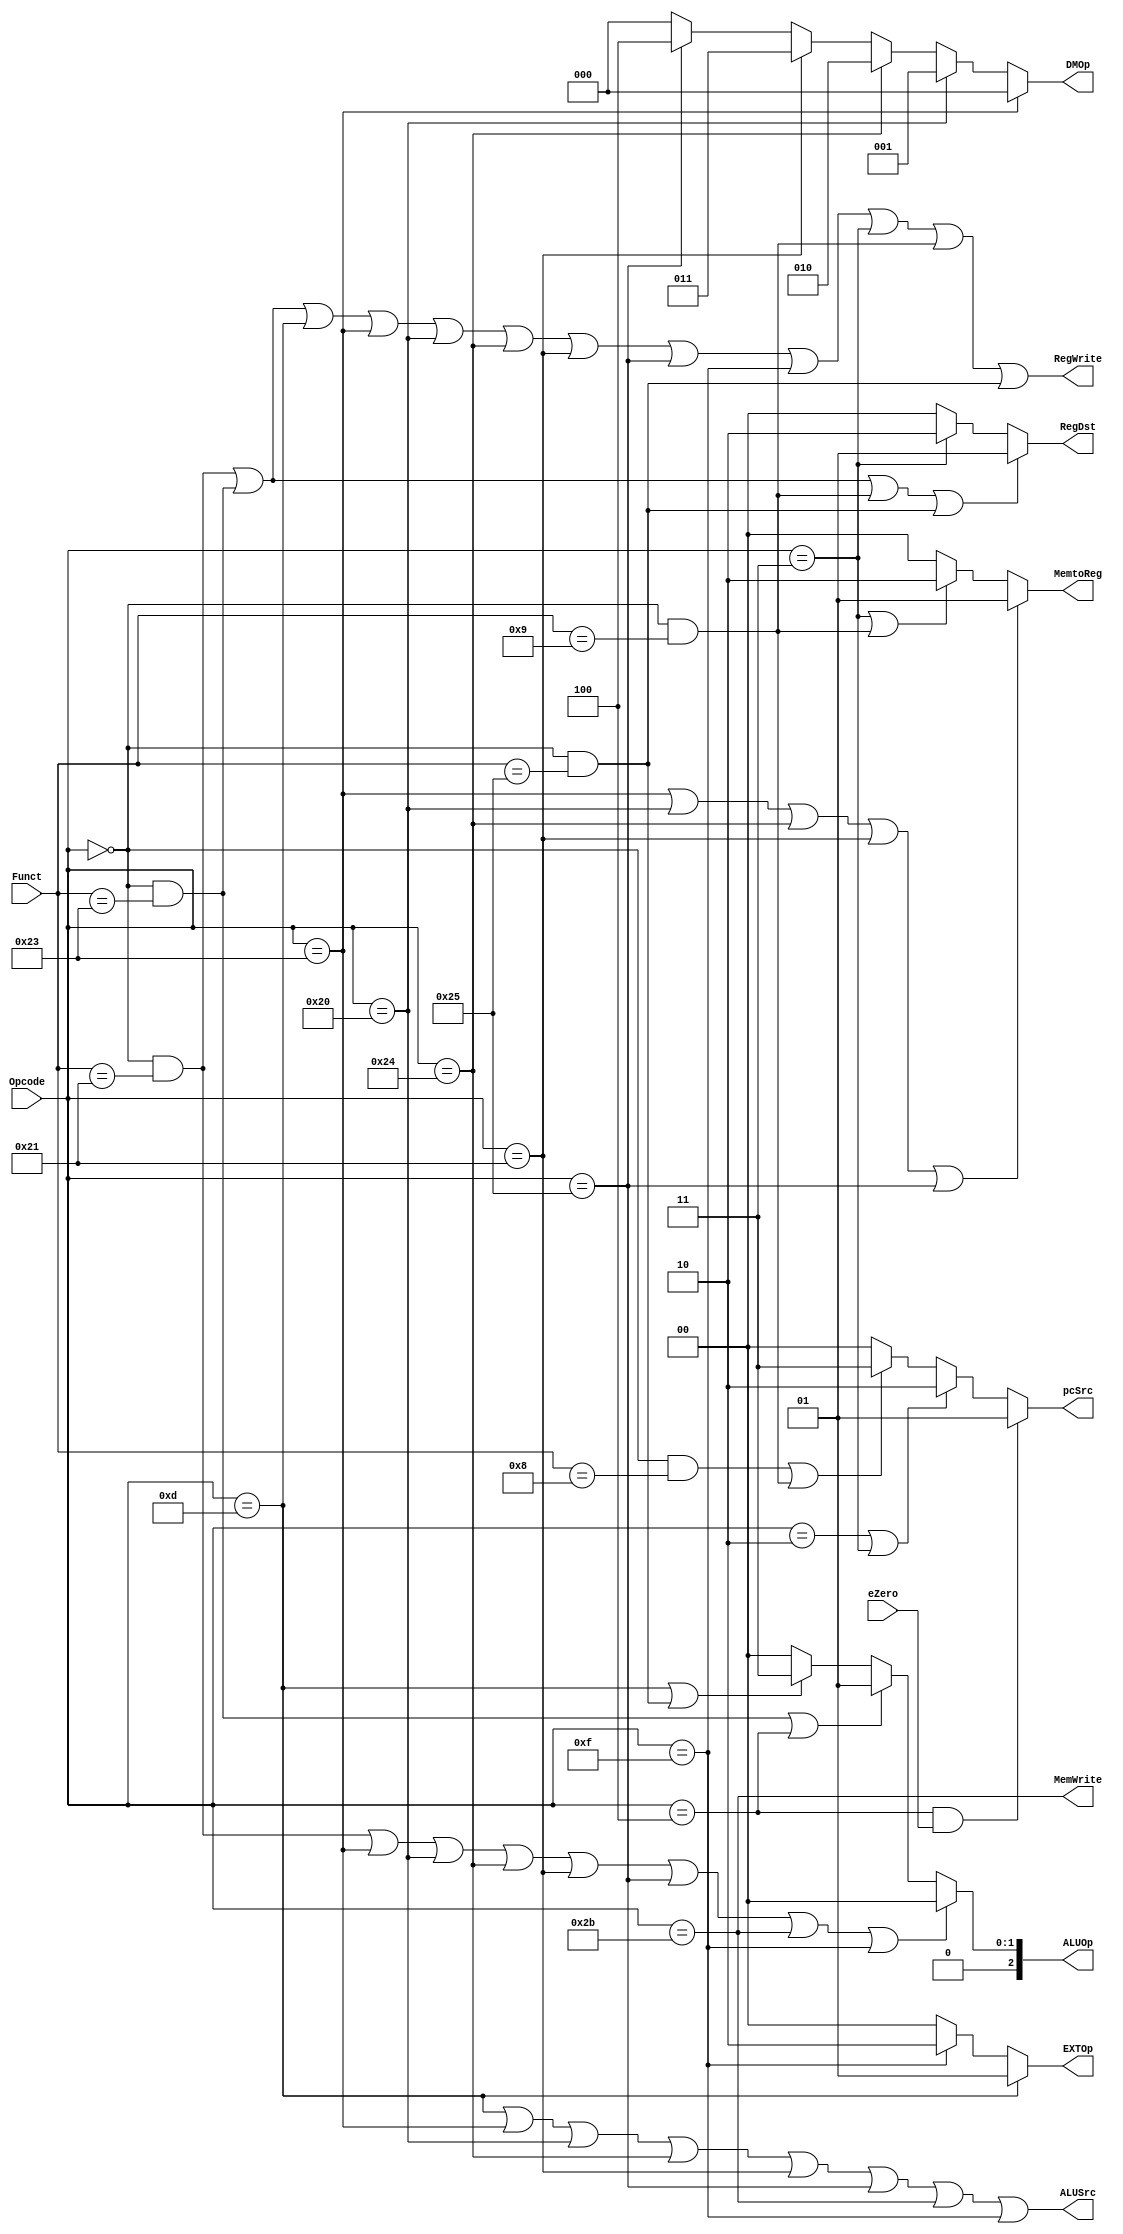
`timescale 1ns / 1ps
//////////////////////////////////////////////////////////////////////////////////
// Company: 
// Engineer: 
// 
// Design Name: 
// Module Name:    Control_Unit 
// Project Name: 
// Target Devices: 
// Tool versions: 
// Description: 
//
// Dependencies: 
//
// Revision: 
// Revision 0.01 - File Created
// Additional Comments: 
//
//////////////////////////////////////////////////////////////////////////////////
module Control_Unit(
    input [5:0] Opcode,
    input [5:0] Funct,
	 input eZero,
    output [1:0] MemtoReg,
    output MemWrite,
    output ALUSrc,
    output [1:0] RegDst,
    output RegWrite,
    output [1:0] pcSrc,
    output [2:0] ALUOp,
    output [1:0] EXTOp,
	 output [2:0] DMOp
    );
	wire Rtype,addu,subu,ori,lw,sw,beq,lui,j,jal,jr;
	/*always @* begin
		case (Opcode)
			'b000000:begin
							case (Funct)
							'b100001:addu=1;
							'b100011:subu=1;
							'b001000:jr=1;
						   
							default:j=0;
							endcase
						end
			'b001101:ori=1;
			'b100011:lw=1;
			'b101011:sw=1;
			'b001111:lui=1;
			'b000100:beq=1;
			'b000010:j=1;
			'b000011:jal=1;
			default:j=0;
		endcase
	end */
	assign Rtype=(Opcode==6'b000000);
	assign addu=Rtype&(Funct==6'b100001);
	assign subu=Rtype&(Funct==6'b100011);
	assign or_=Rtype&(Funct==6'b100101);
	//assign or_=Rtype&(Funct==6'b100101);
	assign jr=Rtype&(Funct==6'b001000);
	assign ori=(Opcode==6'b001101);
	assign lw=(Opcode==6'b100011);
	assign sw=(Opcode==6'b101011);
	assign lui=(Opcode==6'b001111);
	assign beq=(Opcode==6'b000100);
	assign j=(Opcode==6'b000010);
	assign jal=(Opcode==6'b000011);
	assign jalr=Rtype&(Funct==6'b001001);
	assign lb=(Opcode==6'b100000);
	assign lbu=(Opcode==6'b100100);
	assign lh=(Opcode==6'b100001);
	assign lhu=(Opcode==6'b100101);
	
	assign MemtoReg=(lw|lb|lbu|lh|lhu)?1:     // toReg select signal // from DM
						 (jal|jalr)?2:									//  from PC
						 0;
	assign MemWrite=sw;
	assign ALUSrc=ori|lw|lb|lbu|lh|lhu|sw|lui;
	assign RegDst=(addu|subu|jalr|or_)?1:
					   jal?2:
						0;
	assign RegWrite=addu|subu|ori|lw|lb|lbu|lh|lhu|lui|jal|jalr|or_;
	assign pcSrc=(beq&eZero)?1:
					 (j|jal)?2:
					 (jr|jalr)?3:
					 0;
	assign ALUOp=(addu|lw|lb|lbu|lh|lhu|sw|lui)?0:
					 (subu|beq)?3'b001:
					 (ori|or_)?3'b011:
					 0;
	assign EXTOp=ori?1:lui?2:0;
	assign DMOp=lw?0:
					lb?1:
					lbu?2:
					lh?3:
					lhu?4:
					0;
endmodule